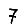
Digit: 7